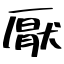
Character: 厭